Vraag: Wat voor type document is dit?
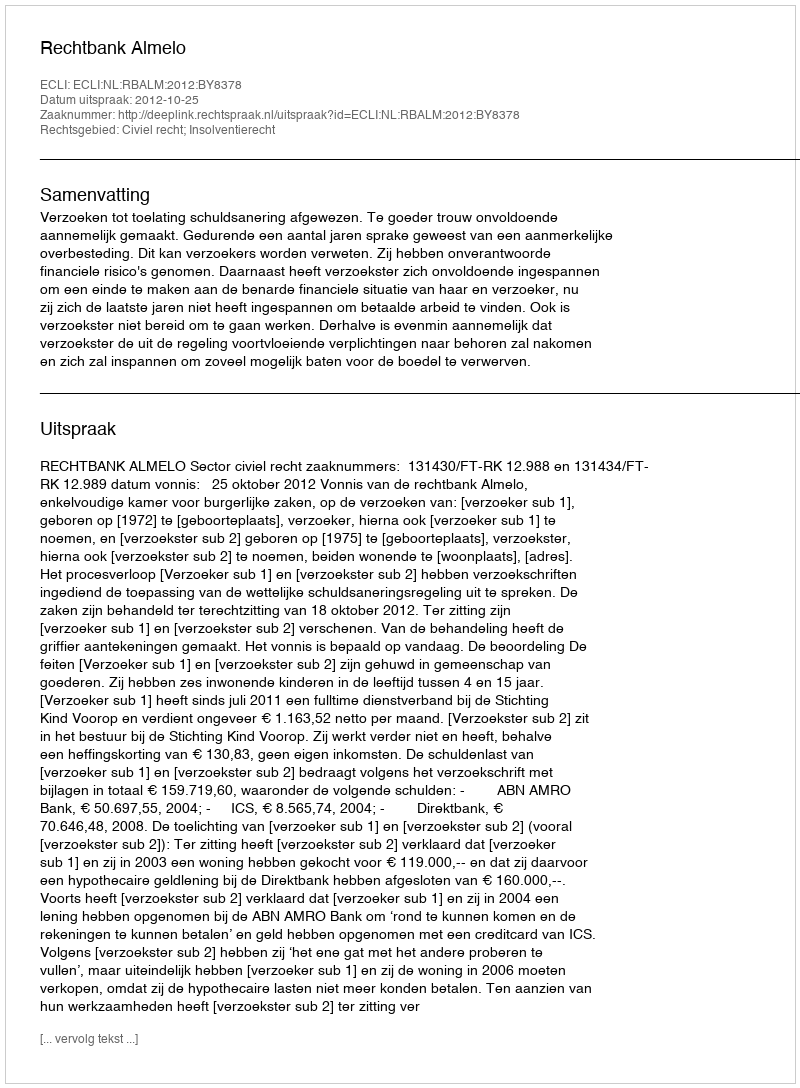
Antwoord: Uitspraak